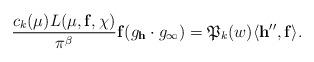
LaTeX: \begin{align*}\frac{c_k(\mu)L(\mu,\mathbf{f},\chi)}{\pi^{\beta}}\mathbf{f}(g_{\mathbf{h}}\cdot g_{\infty})=\mathfrak{P}_k(w)\langle\mathbf{h}'',\mathbf{f}\rangle.\end{align*}